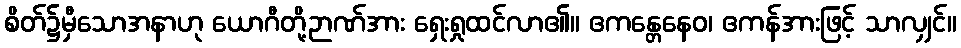
စိတ်၌မှီသောအနာဟု ယောဂီတို့ဉာဏ်အား ရှေးရှုထင်လာ၏။ ဧကန္တေနေဝ၊ ဧကန်အားဖြင့် သာလျှင်။